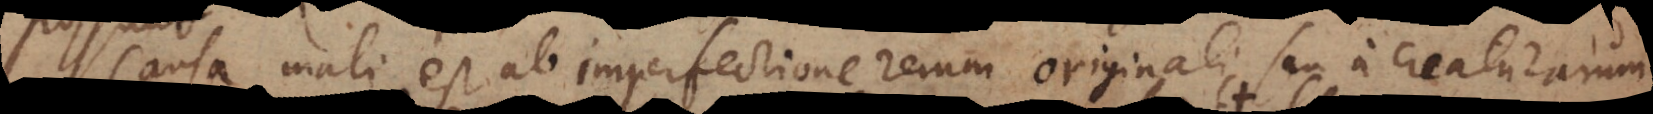
Causa mali est ab imperfectione rerum originali seu a creaturarum